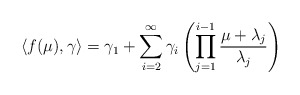
\begin{align*}\langle f(\mu),\gamma\rangle=\gamma_1+\sum_{i=2}^\infty \gamma_{i}\left(\prod_{j=1}^{i-1}\frac{\mu+\lambda_j}{\lambda_j}\right)\end{align*}